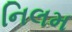
નિલમ